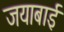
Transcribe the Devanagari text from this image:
जयाबाई